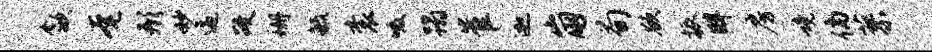
歙奄形妙逼政珊毓衮啜蹋崔迦崩荀欲振畔房境倘蓼